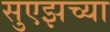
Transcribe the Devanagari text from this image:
सुएझच्या